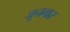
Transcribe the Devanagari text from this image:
जूनवार